Indian journal of veterinary science and animal husbandry - Volumes 15-17, 1948-1951
Year: 1948
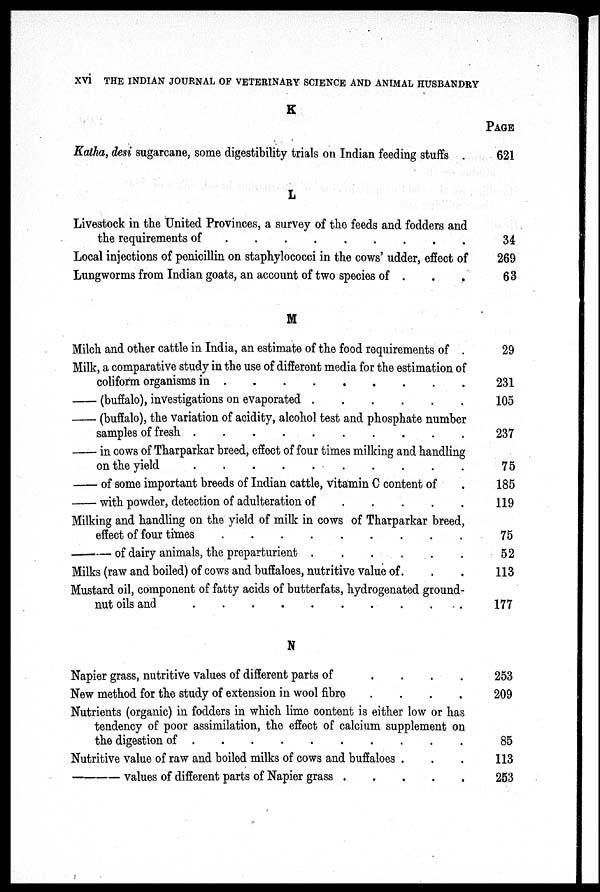
xvi THE INDIAN JOURNAL OF VETERINARY SCIENCE AND ANIMAL HUSBANDRY
K
Katha, desi sugarcane, some digestibility trials on Indian feeding stuffs
L
Livestock in the United Provinces, a survey of the feeds and fodders and
the requirements of
.
.
.
.
.
.
.
.
.
.
Local injections of penicillin on staphylococci in the cows' udder, effect of
Lungworms from Indian goats, an account of two species of . . .
M
Milch and other cattle in India, an estimate of the food requirements of
Milk, a comparative study in the use of different media for the estimation of
coliform organisms in
.
.
.
.
.
.
.
.
.
.
— (buffalo), investigations on evaporated . . . . . .
(buffalo), the variation of acidity, alcohol test and phosphate number
samples of fresh . . . . . . . . . .
— in cows of Tharparkar breed, effect of four times milking and handling
on the yield . . . . . . . . . .
— of some important breeds of Indian cattle, Vitamin C content of .
— with powder, detection of adulteration of . . . . . .
Milking and handling on the yield of milk in cows of Tharparkar breed,
effect of four times . . . . . . . . . . .
—
of dairy animals, the preparturient . . . . . .
Milks (raw and boiled) of cows and buffaloes, nutritive value of. . .
Mustard oil, component of fatty acids of butterfats, hydrogenated ground-
nut oils and . . . . . . . . . . .
N
Napier grass, nutritive values of different parts of
.
.
.
.
New method for the study of extension in wool
fibre
.
.
.
.
Nutrients (organic) in fodders in which lime content is either low or has
tendency of poor assimilation, the effect of calcium supplement on
the digestion of . . . . . . . . . .
Nutritive value of raw and boiled milks of cows and buffaloes . . .
—
values of different parts of Napier grass . . . . .
PAGE
621
34
269
63
29
231
105
237
75
185
119
75
52
113
177
253
209
85
113
253